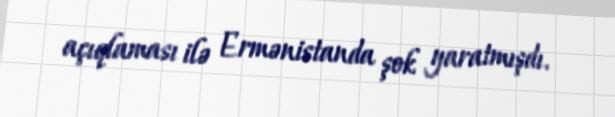
açıqlaması ilə Ermənistanda şok yaratmışdı.